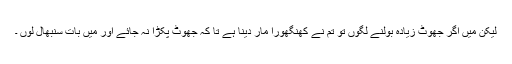
لیکن میں اگر جھوٹ زیادہ بولنے لگوں تو تم نے کھنگھورا مار دینا ہے تا کہ جھوٹ پکڑا نہ جائے اور میں بات سنبھال لوں ۔